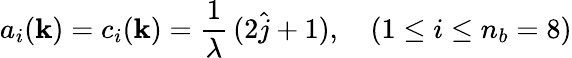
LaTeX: a_{i}({\mathbf k})=c_{i}({\mathbf k})=\frac{1}{\lambda}\, (2\hat{j}+1),\quad(1\leq i\leq n_{b}=8)